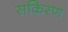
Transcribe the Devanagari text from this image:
सकिरण